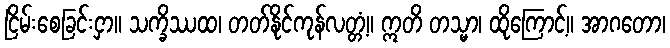
ငြိမ်းစေခြင်းငှာ။ သက္ခိဿထ၊ တတ်နိုင်ကုန်လတ္တံ့။ ဣတိ တသ္မာ၊ ထိုကြောင့်။ အာဂတော၊